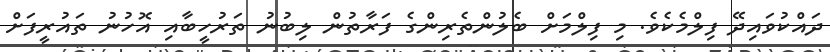
ދައްކުވައިދޭ ފިލްމެކެވެ. މި ފިލްމަށް ބެލުންތެރިންގެ ފަރާތުން ލިބުނު ތަރުހީބާއި އޮހުނު ތައުރީފަށް